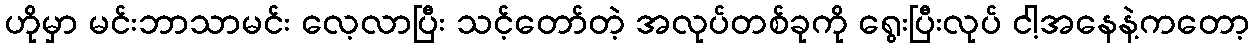
ဟိုမှာ မင်းဘာသာမင်း လေ့လာပြီး သင့်တော်တဲ့ အလုပ်တစ်ခုကို ရွေးပြီးလုပ် ငါ့အနေနဲ့ကတော့